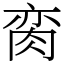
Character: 脔